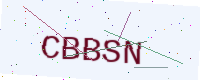
Text: CBBSN